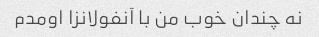
نه چندان خوب من با آنفولانزا اومدم